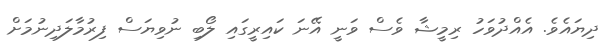
ދިޔައެވެ. އެއްދުވަހު ރިމީޝާ ވެސް ވަނީ އޭނަ ކައިރީގައި ލޯބި ނުވިޔަސް ފިރުމާލަދިނުމަށް